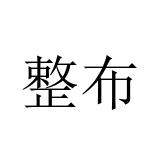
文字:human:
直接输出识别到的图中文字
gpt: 整布